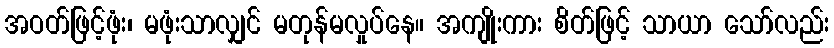
အဝတ်ဖြင့်ဖုံး၊ မဖုံးသာလျှင် မတုန်မလှုပ်နေ။ အကျိုးကား စိတ်ဖြင့် သာယာ သော်လည်း